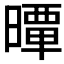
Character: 𣊢